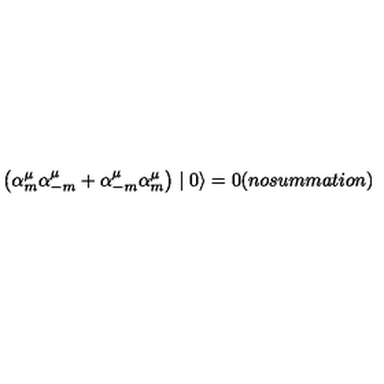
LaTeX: \left( { \alpha } _ { m } ^ { \mu } { \alpha } _ { - m } ^ { \mu } + { \alpha } _ { - m } ^ { \mu } { \alpha } _ { m } ^ { \mu } \right) \mid 0 \rangle = 0 ( n o s u m m a t i o n )